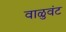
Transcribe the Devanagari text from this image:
वाळुवंट